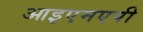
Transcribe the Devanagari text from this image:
आइएमएपी